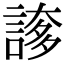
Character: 𧩫